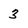
Character: 3